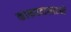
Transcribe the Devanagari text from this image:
काकपदासारखे